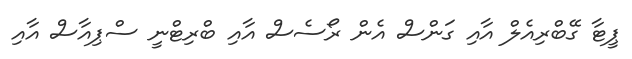
ޕީޓާ ގޭބްރިއެލް އާއި ގަންސް އެން ރޯސެސް އާއި ބްރިޓްނީ ސްޕިއާސް އާއި